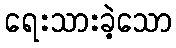
ရေးသားခဲ့သော